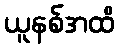
ယူနစ်အထိ